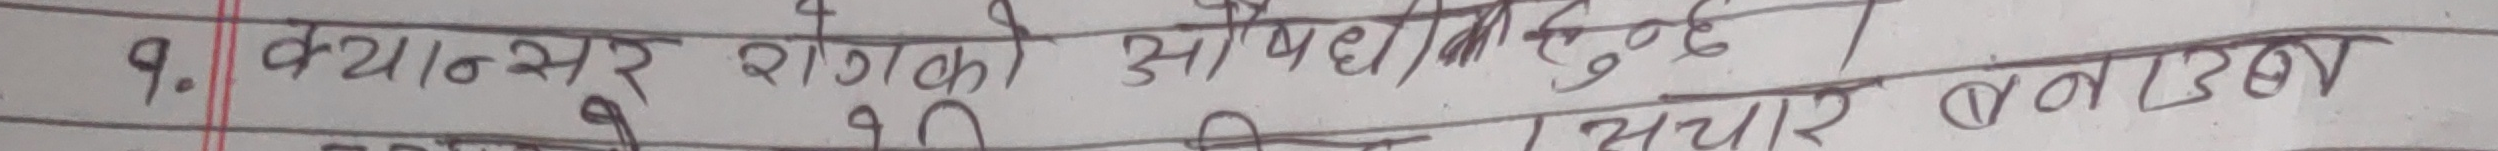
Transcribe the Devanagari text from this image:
9. क्यान्सर रोगको औषधि के हो?